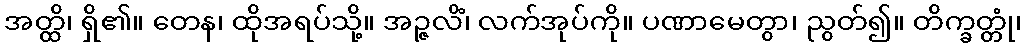
အတ္ထိ၊ ရှိ၏။ တေန၊ ထိုအရပ်သို့။ အဉ္ဇလိံ၊ လက်အုပ်ကို။ ပဏာမေတွာ၊ ညွတ်၍။ တိက္ခတ္တုံ၊